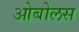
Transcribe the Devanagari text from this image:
ओबोलस